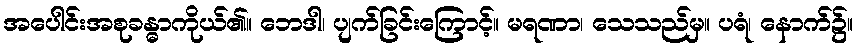
အပေါင်းအစုခန္ဓာကိုယ်၏။ ဘေဒါ၊ ပျက်ခြင်းကြောင့်။ မရဏာ၊ သေသည်မှ။ ပရံ၊ နောက်၌။